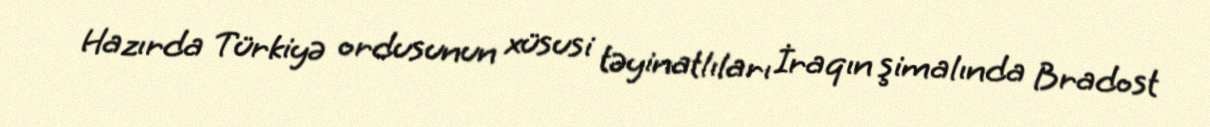
Hazırda Türkiyə ordusunun xüsusi təyinatlıları İraqın şimalında Bradost